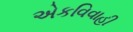
એકવિવાહી